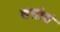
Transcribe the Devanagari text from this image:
यत्तोयं